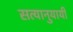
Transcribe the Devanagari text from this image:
सत्यानुयायी